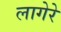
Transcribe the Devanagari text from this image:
लागेरे